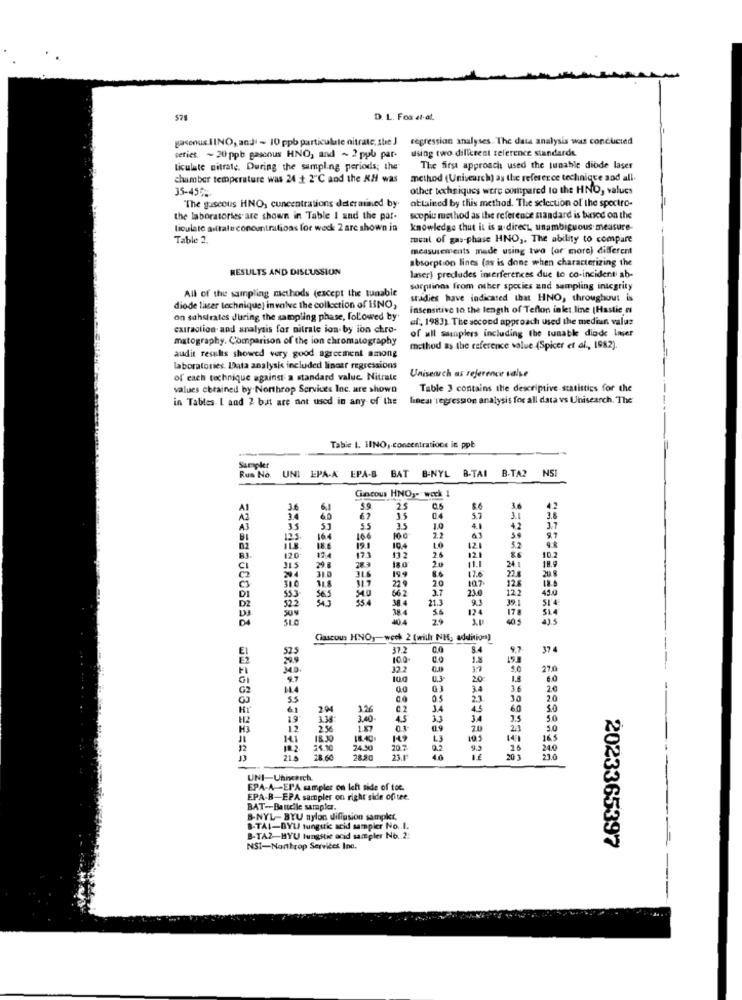
D. L. Fox at-at.
gasonus INO, and - 10 ppb particulate nitrate, she J
regression analyses."The data analysis was conducted
using two dillerent telerence standards.
setics - 20 ppb gascous HNO, and ~ 2 ppb par-
liculate nitrate. During the sampling periods; the
The first approach used the tunable diode laser
chamber temperature was 24 + 2℃ and the RH was
method (Unisearch) as the reference technique and all.
35-45%
other techniques were compared to the HNO, values
attained by this method. The selection of the spectro-
The guscous HNO, concentrations deler atined by
the laboratories are shown in Table 1 and the par-
scopiu method as the reference standard is tursed on the
ticulate aittale concentrations for weck 2 are shown in
knowledge thut it is a direct, unambiguous measure-
Table 2
ment of gas-phase HNO ,, The ability to compare
measurements made using two (or more) different
absorption lines (as is done when characterizing the
RESULTS AND DISCUSSION
laser) precludes inserferences due to co-incident ab-
All of the sampling methods (except the tunable
sorptinas from other species zad sampling integrity
stadies have indicated that HNO, throughout is
diode laser technique) involve the collection of HNO,
insensitive to the length of Teflon inlet line (Hastic e
on sahstrates during the sampling phase, followed by
af, 1983). The second approach used the mediun valus
extraction and analysis for nitrate ion by ion chro-
of ull manplers including the tunatk diade Injer
matography. Comparison of the ion chromatography
method as the reference value (Spicer et al ., 1982).
audit results showed very good agreement among
laboratories. Data analysis included linear regressions
Unisearch as reference valve
of each technique against a standard value Nitrate
values obtained by Northrop Services Inc. are shown
Table 3 contains the descriptive statistics for the
in Tables L and 2 bat are not used in any of the
linear regression analysis for all data vs Unisearch. The
Table 1. IINO, concentrations in ppb
Survoler
Rus No.
UNI EPA-A EPA-B BAT B-NYL B-TAI B.TA? NSI
Gincous HNO ,- wack 1
36
25
8.6
36
42
3.4
60
62
15
04
5.7
42
35
53
55
35
1.0
4.1
123
16.4
166
18.6
19.1
10.4
10
12
5.2
120
12.4
132
2.6
10.2
3LS
31.0
283
199
2.0
17.6
24.1
20
204
22 9
20
107
22.
125
31.0
54.0
66.2
3.7
23
122
52.2
553
38 4
21.3
39
124
178
29
40
43.5
Glascows HNO ,- week 2 (will NH, addition)
37.2
84
9.7
374
100
32.2
0.0
5.0
270
GI
9.7
0.3
20
1.8
6.0
G2
01
34
3.6
20
55
0.0
05
2.3
30
20
6.1
294
3.26
C2
3.4
45
6.0
5.0
H2
19
3.38
340
3.3
3.4
5.0
12
2.5
0.3
20
2.3
5.0
18.30
L3
165
12
182.
24.0
24.50
20.7
9.3
26
24.0
13
215
18.60
2850
23.1
46
UNI-Univearch.
EPA-A -EPA samples on left side of toe.
EPA-B-EPA sampler on right side ofitee.
BAT -- Bauteile sampler.
B-NYL- BYU nylon diffusion sampkt,
B-TAI-BYL tungstic acid sampler No .. I.
B-TA2-HYU lungstie acid sampler No. 2:
NSI-Northrop Services Inc.
2023365397